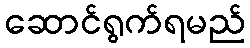
ဆောင်ရွက်ရမည်